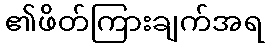
၏ဖိတ်ကြားချက်အရ